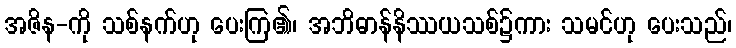
အဇိန-ကို သစ်နက်ဟု ပေးကြ၏၊ အဘိဓာန်နိဿယသစ်၌ကား သမင်ဟု ပေးသည်၊